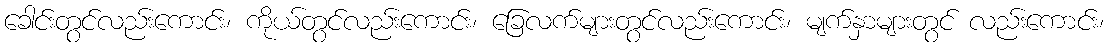
ခေါင်းတွင်လည်းကောင်း၊ ကိုယ်တွင်လည်းကောင်း၊ ခြေလက်များတွင်လည်းကောင်း၊ မျက်နှာများတွင် လည်းကောင်း၊